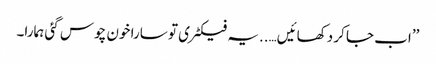
’’اب جا کر دکھائیں…..یہ فیکٹری تو سارا خون چوس گئی ہمارا۔